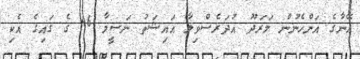
އޭނާގެ އަންހެނުން މަރަދޫ އުދަރެސްވިލާ އައިޝަތު ނަސީމާ 46 ގެ ގައިގެ އެކި